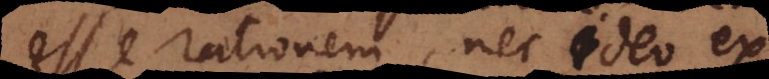
esse rationem, nec ideo ex